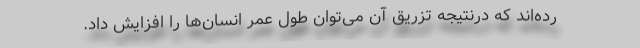
رده‌اند که درنتیجه تزریق آن می‌توان طول عمر انسان‌ها را افزایش داد.